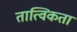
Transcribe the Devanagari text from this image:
तात्विकता